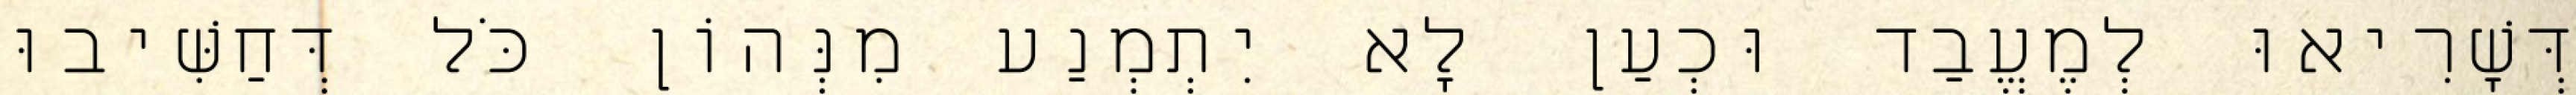
דְּשָׁרִיאוּ לְמֶעֱבַד וּכְעַן לָא יִתְמְנַע מִנְּהוֹן כֹּל דְּחַשִּׁיבוּ